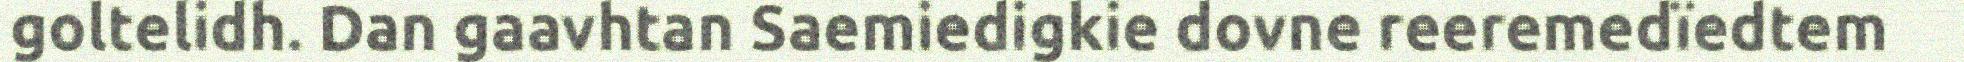
goltelidh. Dan gaavhtan Saemiedigkie dovne reeremedïedtem